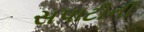
સપાટીની